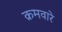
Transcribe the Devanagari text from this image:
क्रमवारे